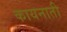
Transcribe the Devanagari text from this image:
कायनाती